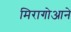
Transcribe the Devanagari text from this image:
मिरागोआने